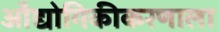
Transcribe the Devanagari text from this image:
औद्योगिकीकरणाला